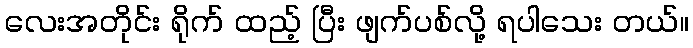
လေးအတိုင်း ရိုက် ထည့် ပြီး ဖျက်ပစ်လို့ ရပါသေး တယ်။